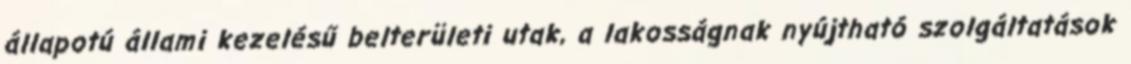
állapotú állami kezelésű belterületi utak, a lakosságnak nyújtható szolgáltatások